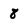
Character: 8